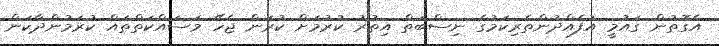
އެގޮތުން ގައުމީ އުފެއްދުންތެރިކަމުގެ ނިސްބަތް އިތުރު ކުރުމަށް ކުރަން ޖެހޭ މަސައްކަތްތައް ކުރަމުންދާކަން